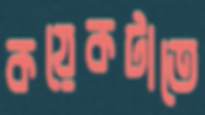
কয়েকটাতে